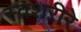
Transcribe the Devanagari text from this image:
स्वशरीरे